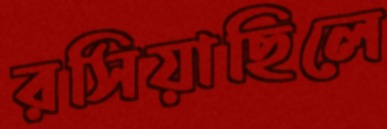
রসিয়াছিলে